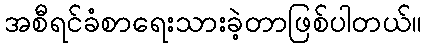
အစီရင်ခံစာရေးသားခဲ့တာဖြစ်ပါတယ်။